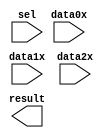
// megafunction wizard: %LPM_MUX%VBB%
// GENERATION: STANDARD
// VERSION: WM1.0
// MODULE: LPM_MUX 

// ============================================================
// Megafunction Name(s):
// 			LPM_MUX
//
// Simulation Library Files(s):
// 			lpm
// ============================================================
// ************************************************************
// THIS IS A WIZARD-GENERATED FILE. DO NOT EDIT THIS FILE!
//
// 13.1.0 Build 162 10/23/2013 SJ Web Edition
// ************************************************************

//Copyright (C) 1991-2013 Altera Corporation
//Your use of Altera Corporation's design tools, logic functions 
//and other software and tools, and its AMPP partner logic 
//functions, and any output files from any of the foregoing 
//(including device programming or simulation files), and any 
//associated documentation or information are expressly subject 
//to the terms and conditions of the Altera Program License 
//Subscription Agreement, Altera MegaCore Function License 
//Agreement, or other applicable license agreement, including, 
//without limitation, that your use is for the sole purpose of 
//programming logic devices manufactured by Altera and sold by 
//Altera or its authorized distributors.  Please refer to the 
//applicable agreement for further details.

module chan_mux (
	data0x,
	data1x,
	data2x,
	sel,
	result);

	input	[21:0]  data0x;
	input	[21:0]  data1x;
	input	[21:0]  data2x;
	input	[1:0]  sel;
	output	[21:0]  result;

endmodule

// ============================================================
// CNX file retrieval info
// ============================================================
// Retrieval info: PRIVATE: INTENDED_DEVICE_FAMILY STRING "Cyclone IV E"
// Retrieval info: PRIVATE: SYNTH_WRAPPER_GEN_POSTFIX STRING "0"
// Retrieval info: PRIVATE: new_diagram STRING "1"
// Retrieval info: LIBRARY: lpm lpm.lpm_components.all
// Retrieval info: CONSTANT: LPM_SIZE NUMERIC "3"
// Retrieval info: CONSTANT: LPM_TYPE STRING "LPM_MUX"
// Retrieval info: CONSTANT: LPM_WIDTH NUMERIC "22"
// Retrieval info: CONSTANT: LPM_WIDTHS NUMERIC "2"
// Retrieval info: USED_PORT: data0x 0 0 22 0 INPUT NODEFVAL "data0x[21..0]"
// Retrieval info: USED_PORT: data1x 0 0 22 0 INPUT NODEFVAL "data1x[21..0]"
// Retrieval info: USED_PORT: data2x 0 0 22 0 INPUT NODEFVAL "data2x[21..0]"
// Retrieval info: USED_PORT: result 0 0 22 0 OUTPUT NODEFVAL "result[21..0]"
// Retrieval info: USED_PORT: sel 0 0 2 0 INPUT NODEFVAL "sel[1..0]"
// Retrieval info: CONNECT: @data 0 0 22 0 data0x 0 0 22 0
// Retrieval info: CONNECT: @data 0 0 22 22 data1x 0 0 22 0
// Retrieval info: CONNECT: @data 0 0 22 44 data2x 0 0 22 0
// Retrieval info: CONNECT: @sel 0 0 2 0 sel 0 0 2 0
// Retrieval info: CONNECT: result 0 0 22 0 @result 0 0 22 0
// Retrieval info: GEN_FILE: TYPE_NORMAL chan_mux.v TRUE
// Retrieval info: GEN_FILE: TYPE_NORMAL chan_mux.inc FALSE
// Retrieval info: GEN_FILE: TYPE_NORMAL chan_mux.cmp FALSE
// Retrieval info: GEN_FILE: TYPE_NORMAL chan_mux.bsf TRUE
// Retrieval info: GEN_FILE: TYPE_NORMAL chan_mux_inst.v FALSE
// Retrieval info: GEN_FILE: TYPE_NORMAL chan_mux_bb.v TRUE
// Retrieval info: LIB_FILE: lpm